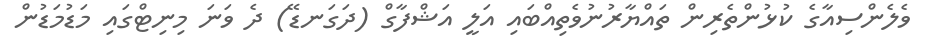
ވެލެންސިއާގެ ކުޅުންތެރިން ތައްޔާރުނުވެތިއްބައި އަލީ އަޝްފާގް (ދަގަނޑޭ) ދެ ވަނަ މިނިޓްގައި މަޑުމަޑުން